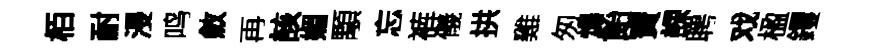
栢耐浸鸣斂再該媚顒忘裤儀拱雞匆煬飴寳課聘戏楹钁